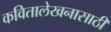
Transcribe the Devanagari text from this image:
कवितालेखनासाठी